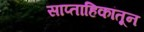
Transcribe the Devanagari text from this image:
साप्ताहिकांतून